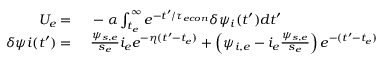
\begin{array} { r l } { U _ { e } = } & { { } \ - \alpha \int _ { t _ { e } } ^ { \infty } e ^ { - t ^ { \prime } / { \tau _ { e c o n } } } \delta \psi _ { i } ( t ^ { \prime } ) d t ^ { \prime } } \\ { \delta \psi i ( t ^ { \prime } ) = } & { { } \ \frac { \psi _ { s , e } } { s _ { e } } i _ { e } e ^ { - \eta ( t ^ { \prime } - t _ { e } ) } + \left( \psi _ { i , e } - i _ { e } \frac { \psi _ { s , e } } { s _ { e } } \right) e ^ { - ( t ^ { \prime } - t _ { e } ) } } \end{array}